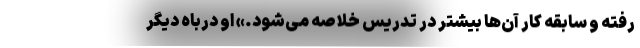
رفته و سابقه کار آن‌ها بیشتر در تدریس خلاصه می‌شود.» او درباه دیگر